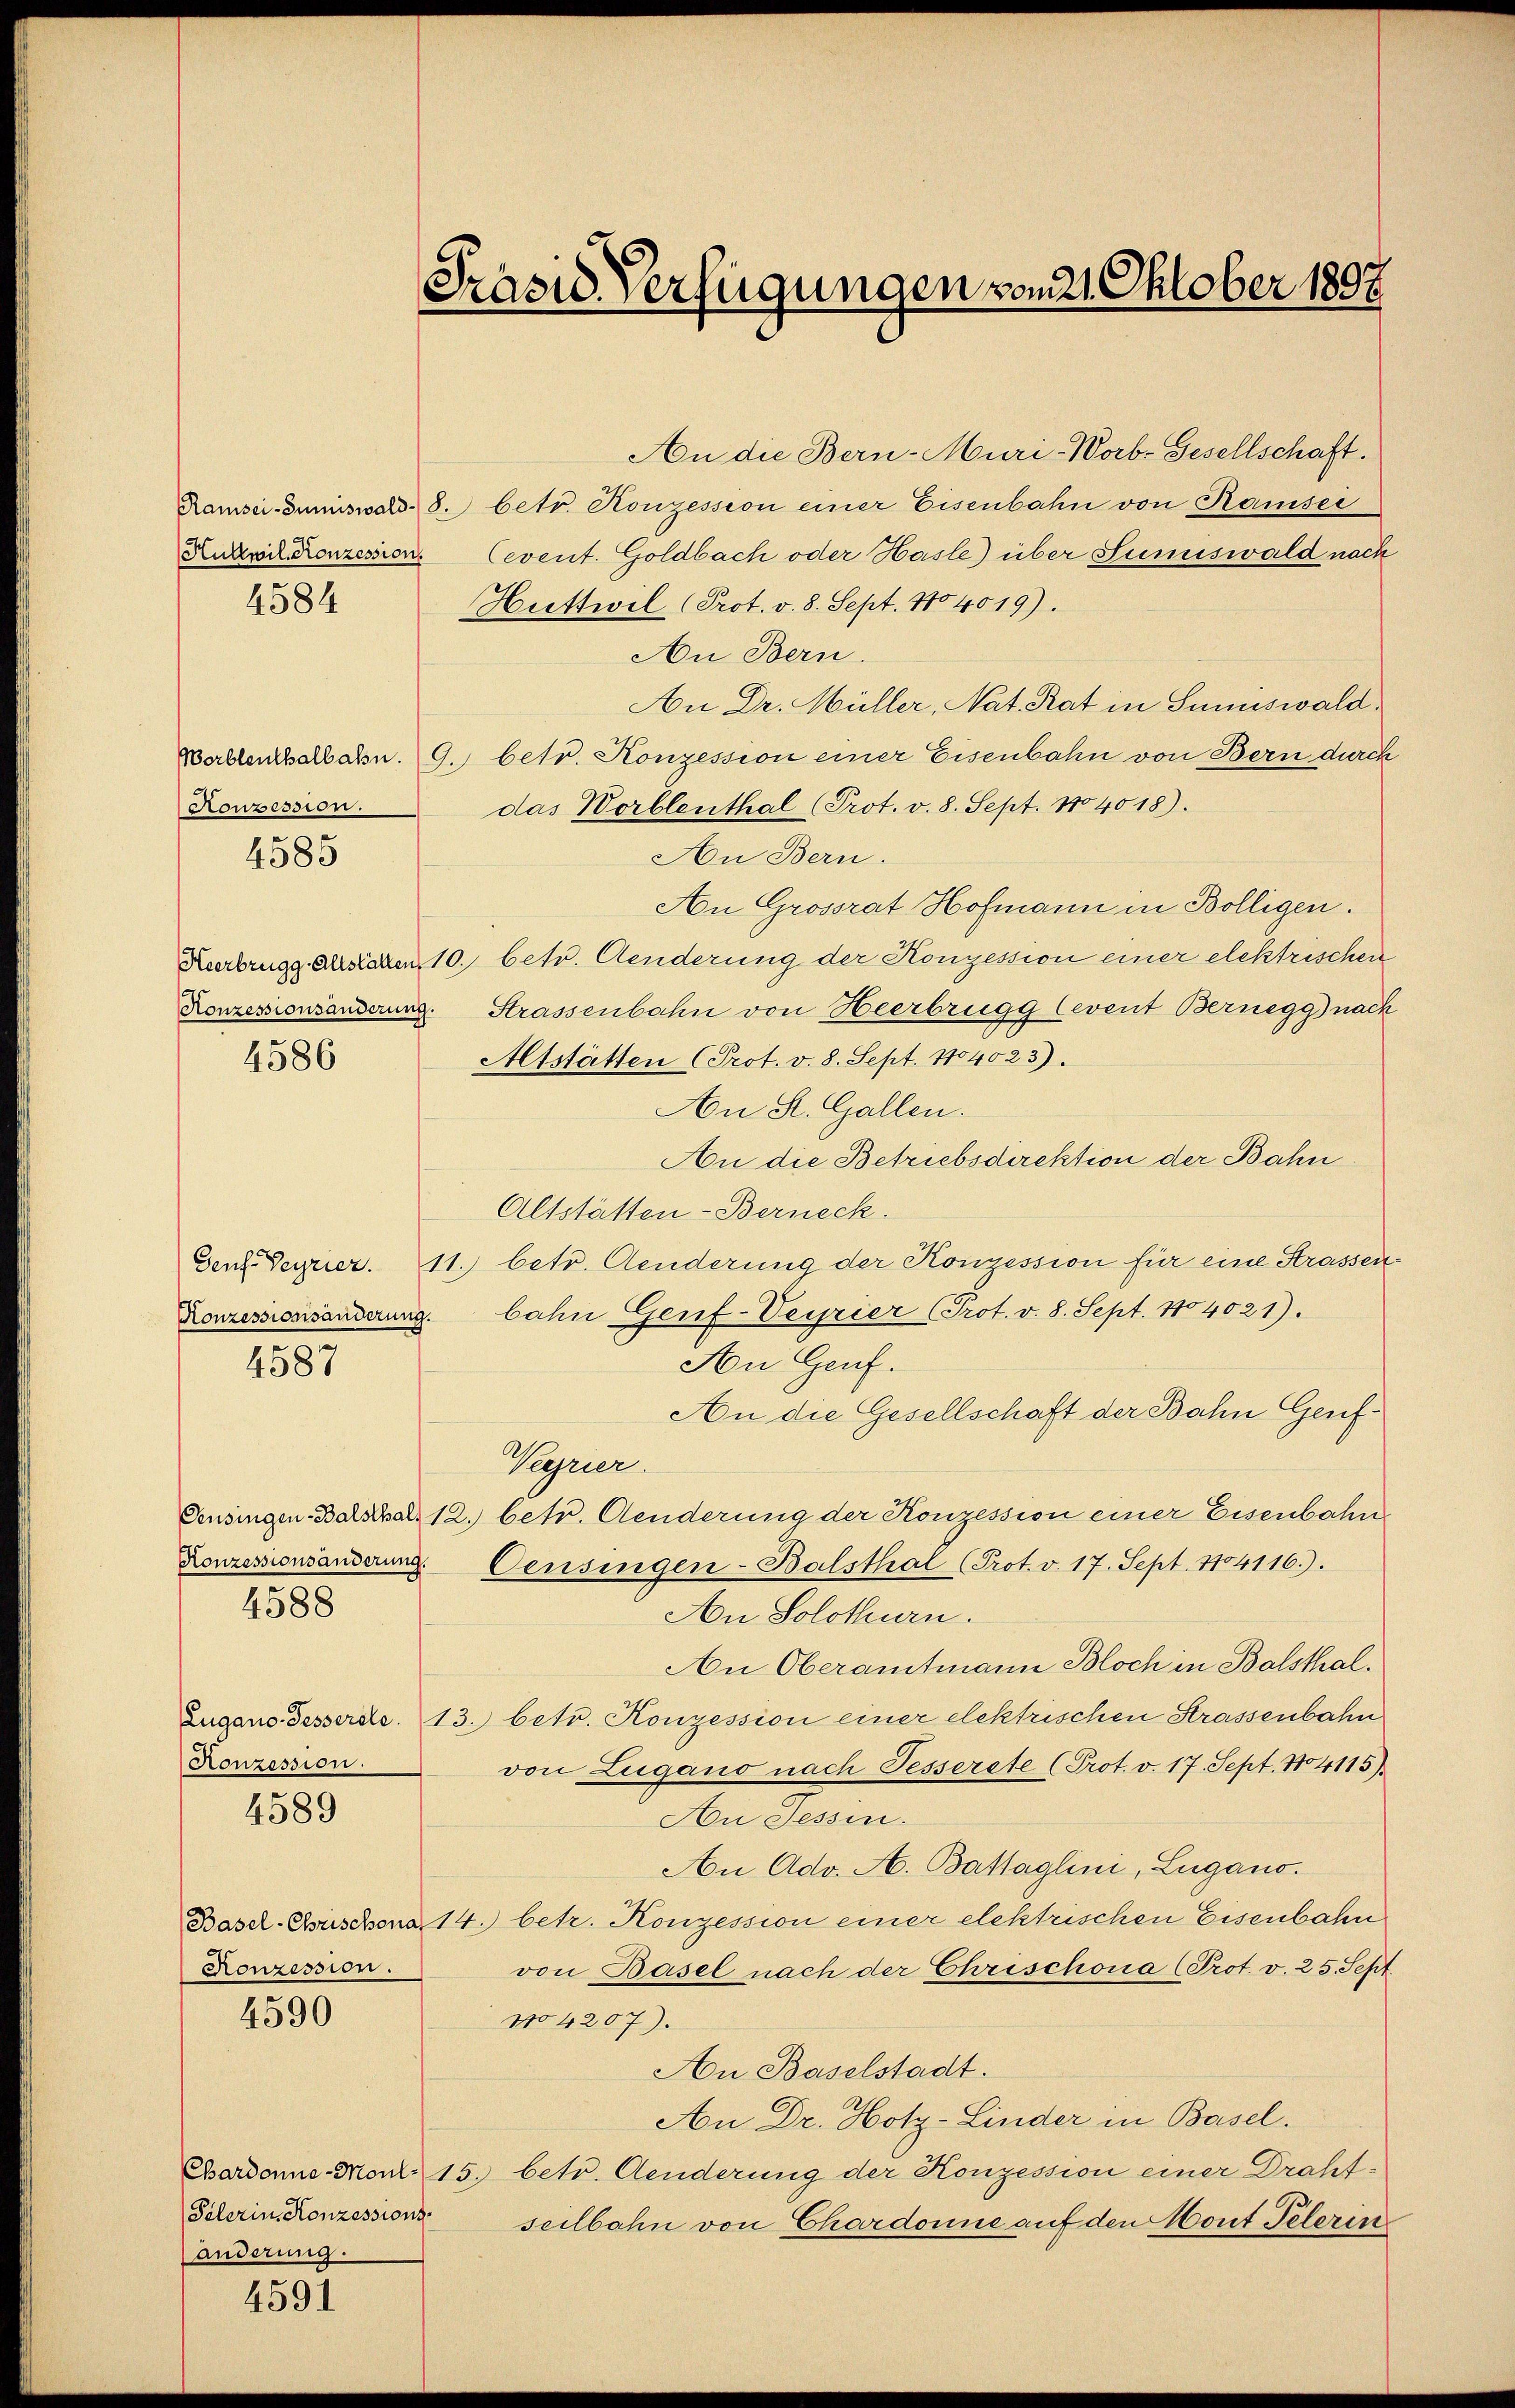
Howsession.
4585

4584

4586

4587

Konzessionsänderung.
4588

Konzession.

4589

Konzession.

4590

Pelerin Konzessions-
änderung.

4591

Präsid. Verfügungen vom 21. Oktober 1897

An Bern.
An Dr. Müller, Nat. Rat in Sumiswald,
Wellenchalbahn. 9. betr. Konzession einer Eisenbahn von Bern durch
das Worblenthal (Prot. v. 8. Sept. 1704018).
An Bern.
An Grossrat Hofmann in Bölligen.
Kerbrugg Absichen, 10. betr. Aenderung der Konzession einer elektrischen
Konzessionsänderung. Strassenbahn von Heerbrugg (event Bernegg) nach
Altstätten (Prot. v. 8. Sept. 1704023).
An St. Gallen.
An die Betriebsdirektion der Bahn
Altstätten-Berneck.
Gent. Segnier. 11. betr. Aenderung der Konzession für eine Strassen
Konzessionsänderung bahn Genf-Veyrier Prot. v. 8. Sept. 1804021).
An Genf.
An die Gesellschaft der Bahn Genf¬
Wegrier.
Pensingen Balsthal 12. betr. Aenderung der Konzession einer Eisenbahn
Censingen-Balsthal (Prot. v. 17. Sept. 1104116).
An Solothurn.
An Oberamtmann Bloch in Balsthal.
Zugano desserde. 13. betr. Konzession einer elektrischen Strassenbahn
von Lugano nach Fesserete (Prot. v. 17. Sept. 104115).
An Tessin.
An Adv. A. Battaglini, Lugano.
Basel-Chsischon 14. betr. Konzession einer elektrischen Eisenbahn
von Basel nach der Chrischona (Prot. v. 25. Sept
No 4207).
An Baselstadt.
An Dr. Hotz-Linder in Basel.
Chardonne-Monti 15. betr. Aenderung der Konzession einer Draht-
seilbahn von Chardonne auf den Mont Pelerin

Ramsci-Sumiswald. 8. betr. Konzession einer Eisenbahn von Kamisei
Kukvilconzession. (event. Goldbach oder Hasle) über Sumiswald nach
Huttwil (Prot. v. 8. Sept. No 4019).

An die Bern-Muri-Worb. Gesellschaft.